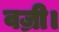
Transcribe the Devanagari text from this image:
वज्री।